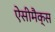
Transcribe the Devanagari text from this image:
ऐसीमैक्स